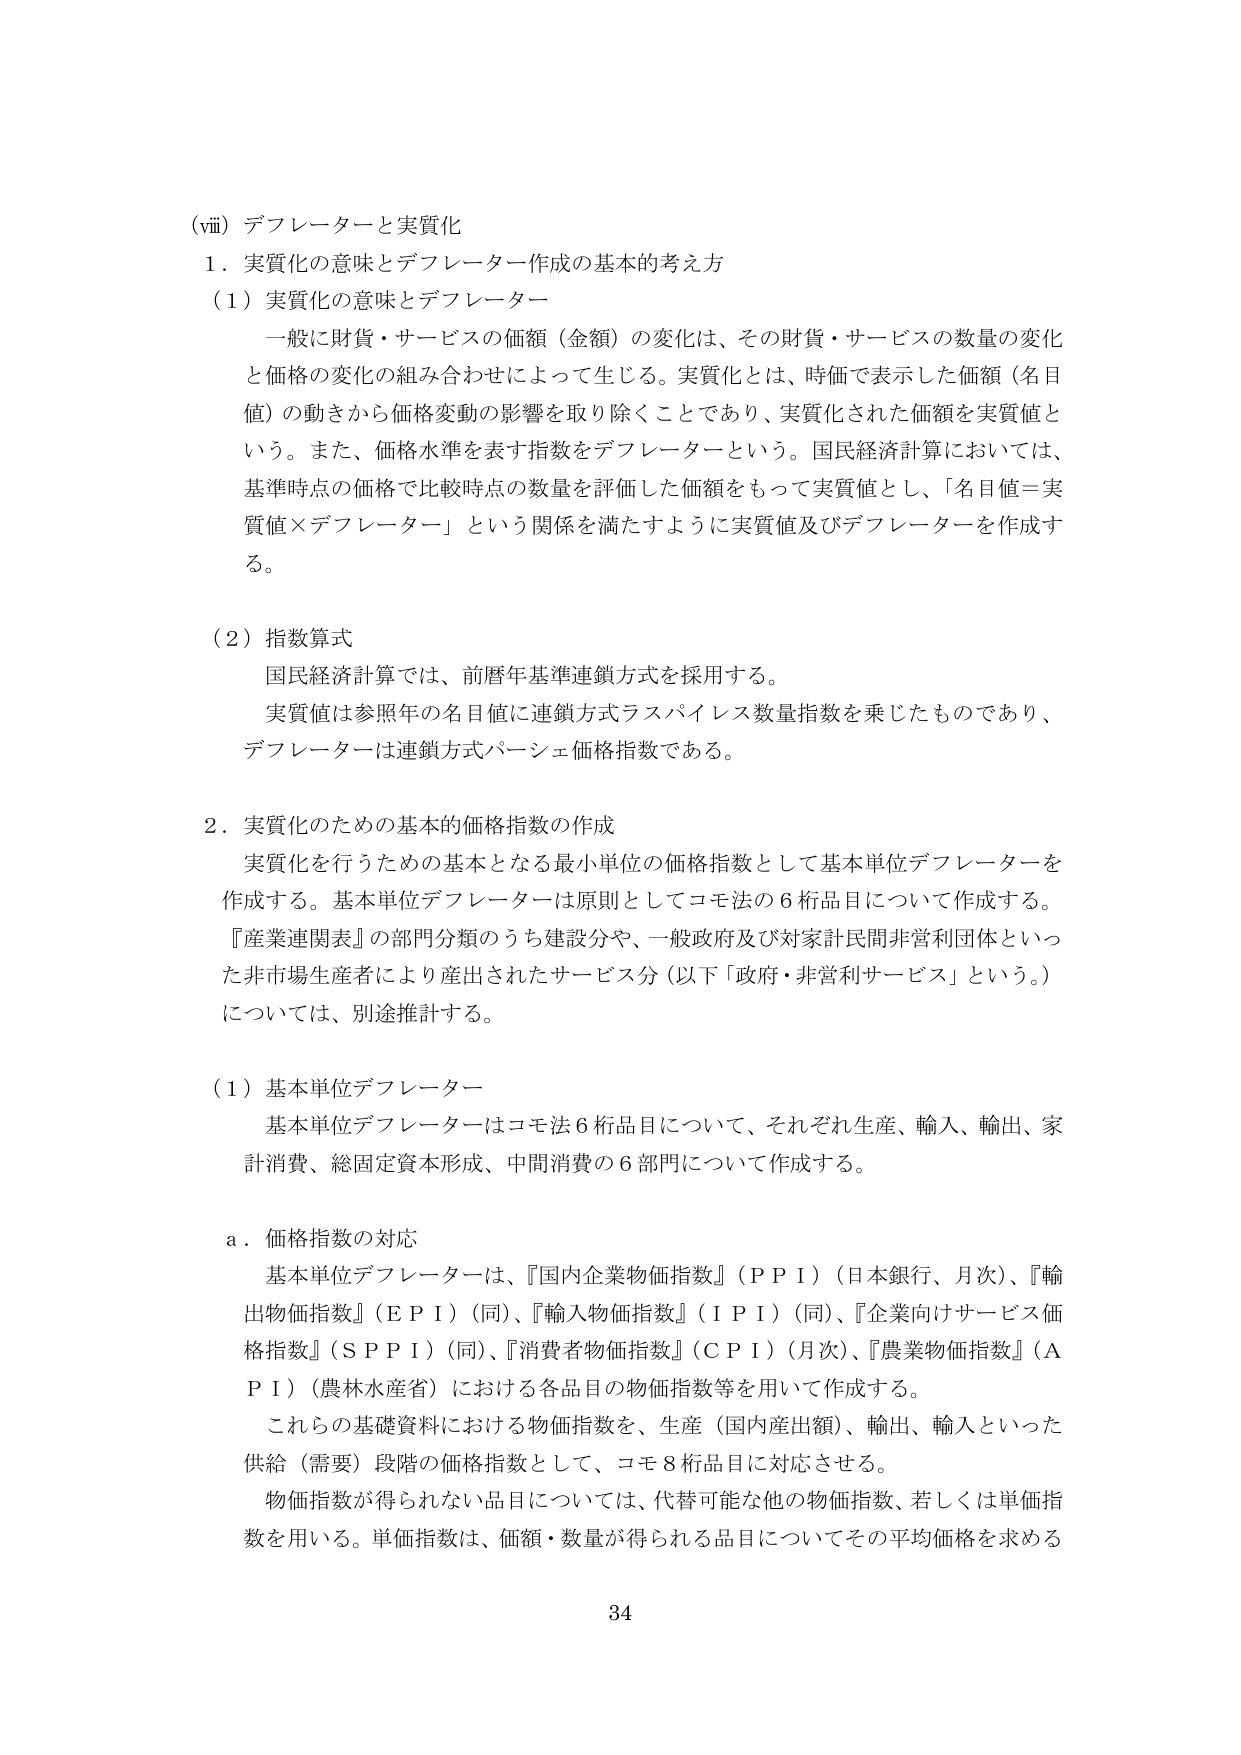
(viii) デフレーターと実質化
1．実質化の意味とデフレーター作成の基本的考え方
（1）実質化の意味とデフレーター
　一般に財貨・サービスの価額（金額）の変化は、その財貨・サービスの数量の変化と価格の変化の組み合わせによって生じる。実質化とは、時価で表示した価額（名目値）の動きから価格変動の影響を取り除くことであり、実質化された価額を実質値という。また、価格水準を表す指数をデフレーターという。国民経済計算においては、基準時点の価格で比較時点の数量を評価した価額をもって実質値とし、「名目値＝実質値×デフレーター」という関係を満たすように実質値及びデフレーターを作成する。

（2）指数算式
　国民経済計算では、前暦年基準連鎖方式を採用する。
　実質値は参照年の名目値に連鎖方式ラスパイレス数量指数を乗じたものであり、デフレーターは連鎖方式パーシェ価格指数である。

2．実質化のための基本的価格指数の作成
　実質化を行うための基本となる最小単位の価格指数として基本単位デフレーターを作成する。基本単位デフレーターは原則としてコモ法の6桁品目について作成する。『産業連関表』の部門分類のうち建設分や、一般政府及び対家計民間非営利団体といった非市場生産者により産出されたサービス分（以下「政府・非営利サービス」という。）については、別途推計する。

（1）基本単位デフレーター
　基本単位デフレーターはコモ法6桁品目について、それぞれ生産、輸入、輸出、家計消費、総固定資本形成、中間消費の6部門について作成する。

a．価格指数の対応
　基本単位デフレーターは、『国内企業物価指数』（PPI）（日本銀行、月次）、『輸出物価指数』（EPI）（同）、『輸入物価指数』（IPI）（同）、『企業向けサービス価格指数』（SPPI）（同）、『消費者物価指数』（CPI）（月次）、『農業物価指数』（API）（農林水産省）における各品目の物価指数等を用いて作成する。
　これらの基礎資料における物価指数を、生産（国内産出額）、輸出、輸入といった供給（需要）段階の価格指数として、コモ8桁品目に対応させる。
　物価指数が得られない品目については、代替可能な他の物価指数、若しくは単価指数を用いる。単価指数は、価額・数量が得られる品目についてその平均価格を求める

34